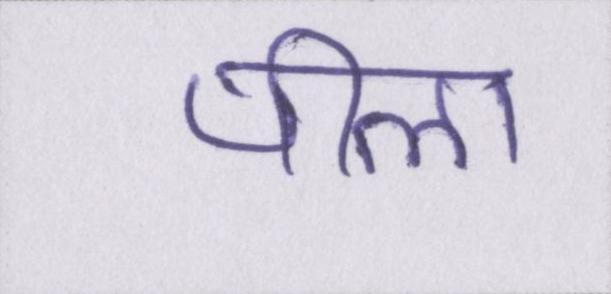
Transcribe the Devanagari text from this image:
पीला